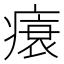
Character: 𤸬